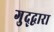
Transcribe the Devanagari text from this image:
गुद्द्वारा